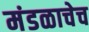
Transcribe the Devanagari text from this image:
मंडळाचेच